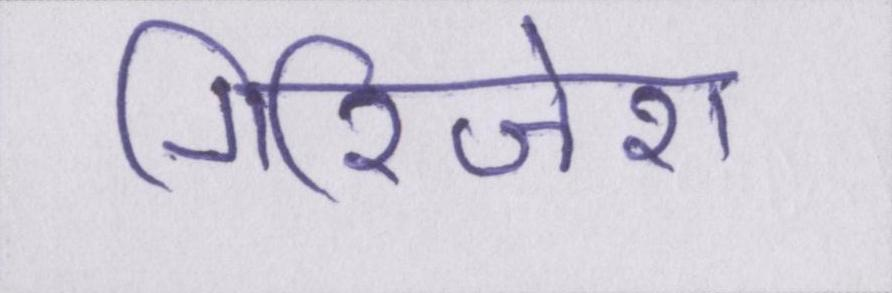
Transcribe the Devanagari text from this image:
गिरिजेश